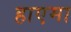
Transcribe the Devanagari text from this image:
हाएमा